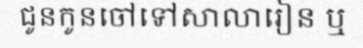
ជូនកូនចៅទៅសាលារៀន ឬ